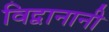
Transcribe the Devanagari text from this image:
विद्वानानी